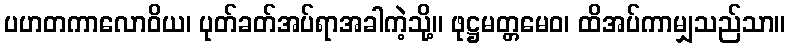
ပဟတကာလောဝိယ၊ ပုတ်ခတ်အပ်ရာအခါကဲ့သို့။ ဖုဋ္ဌမတ္တမေဝ၊ ထိအပ်ကာမျှသည်သာ။